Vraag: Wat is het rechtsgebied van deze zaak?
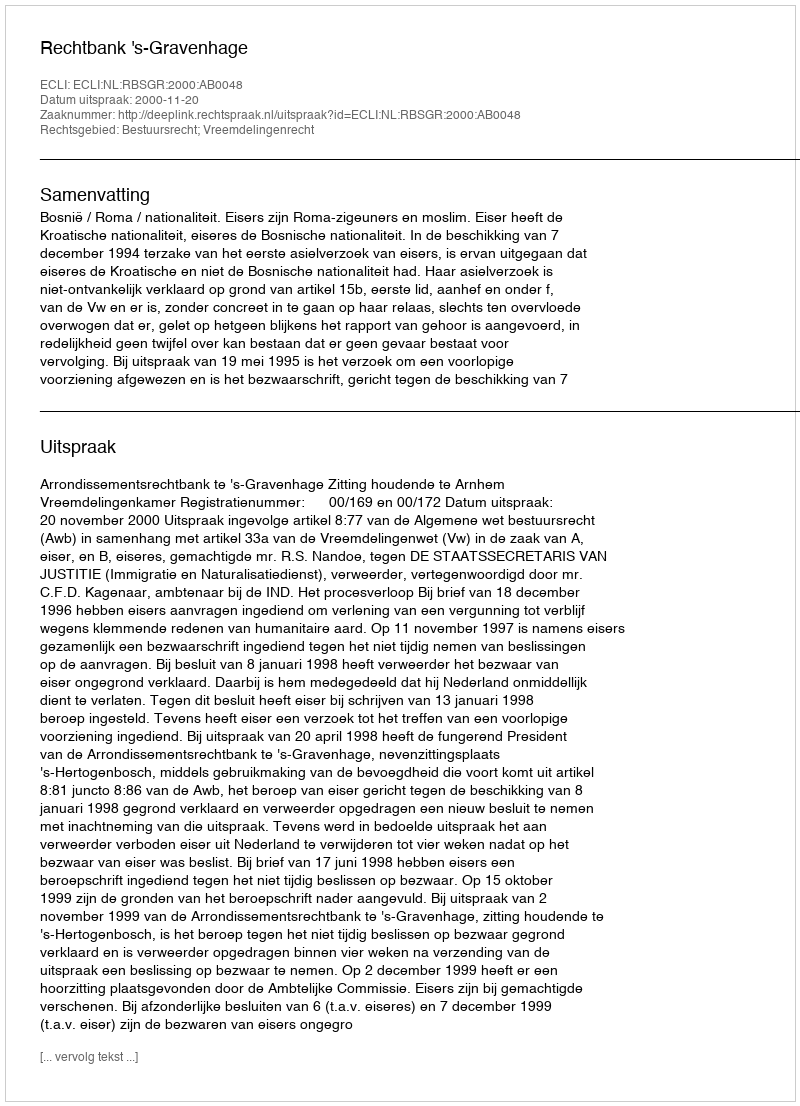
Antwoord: Bestuursrecht; Vreemdelingenrecht